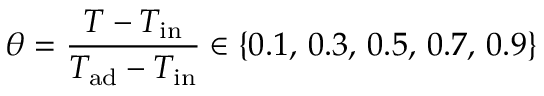
\theta = \frac { T - T _ { \mathrm { i n } } } { T _ { \mathrm { a d } } - T _ { \mathrm { i n } } } \in \{ 0 . 1 , \, 0 . 3 , \, 0 . 5 , \, 0 . 7 , \, 0 . 9 \}